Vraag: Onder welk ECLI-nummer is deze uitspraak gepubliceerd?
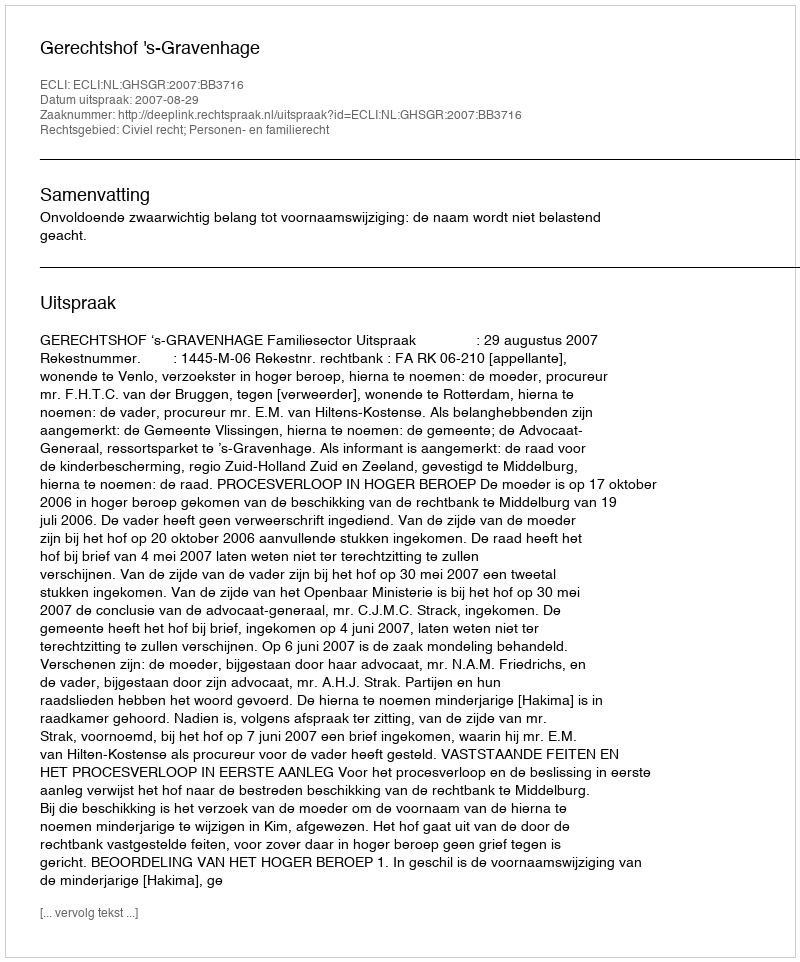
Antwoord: ECLI:NL:GHSGR:2007:BB3716